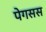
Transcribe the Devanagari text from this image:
पेगसस